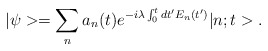
\begin{align*}|\psi> = \sum_n a_n(t) e^{-i\lambda\int_0^t dt' E_n(t')} |n;t>.\end{align*}